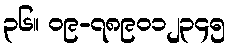
၃၆။ ၀၉-၇၈၉၀၁၂၃၄၅